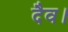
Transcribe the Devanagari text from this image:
दैव।